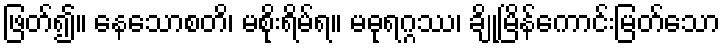
ဖြတ်၍။ နေသောစတိ၊ မစိုးရိမ်ရ။ မဓုရဂ္ဂဿ၊ ချိုမြိန်ကောင်းမြတ်သော